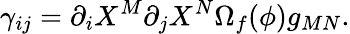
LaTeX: {\gamma_{ij}=\partial_{i}X^{M}\partial_{j}X^{N}\Omega_{f}(\phi)g_{MN}.}